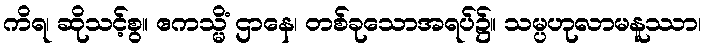
ကိရ၊ ဆိုသင့်စွ။ ဧကသ္မိံ ဌာနေ၊ တစ်ခုသောအရပ်၌။ သမ္ပဟုလာမနူဿာ၊